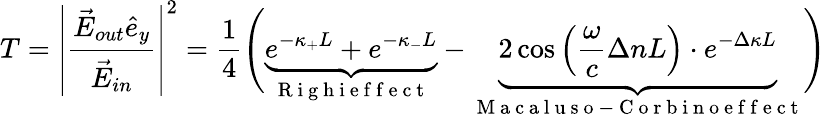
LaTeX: T=\left|\frac{\vec{E}_{out}\hat{e}_{y}}{\vec{E}_{in}}\right|^{2}=\frac{1}{4}\Biggl(\underbrace{e^{-\kappa_{+}L}+e^{-\kappa_{-}L}}_{\mathrm{~R~i~g~h~i~e~f~f~e~c~t~}}-\underbrace{2\cos\left(\frac{\omega}{c}\Delta nL\right)\cdot e^{-\Delta\kappa L}}_{\mathrm{~M~a~c~a~l~u~s~o~-~C~o~r~b~i~n~o~e~f~f~e~c~t~}}\Biggr)